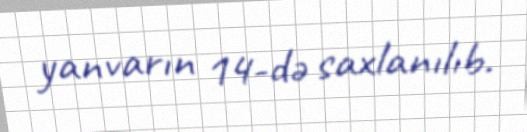
yanvarın 14-də saxlanılıb.